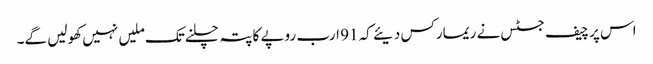
اس پر چیف جسٹس نے ریمارکس دیئے کہ 91 ارب روپے کا پتہ چلنےتک ملیں نہیں کھولیں گے۔